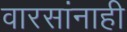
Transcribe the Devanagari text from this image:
वारसांनाही